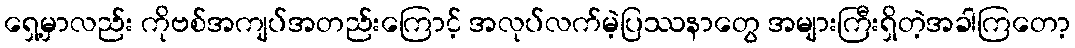
ရှေ့မှာလည်း ကိုဗစ်အကျပ်အတည်းကြောင့် အလုပ်လက်မဲ့ပြဿနာတွေ အများကြီးရှိတဲ့အခါကြတော့